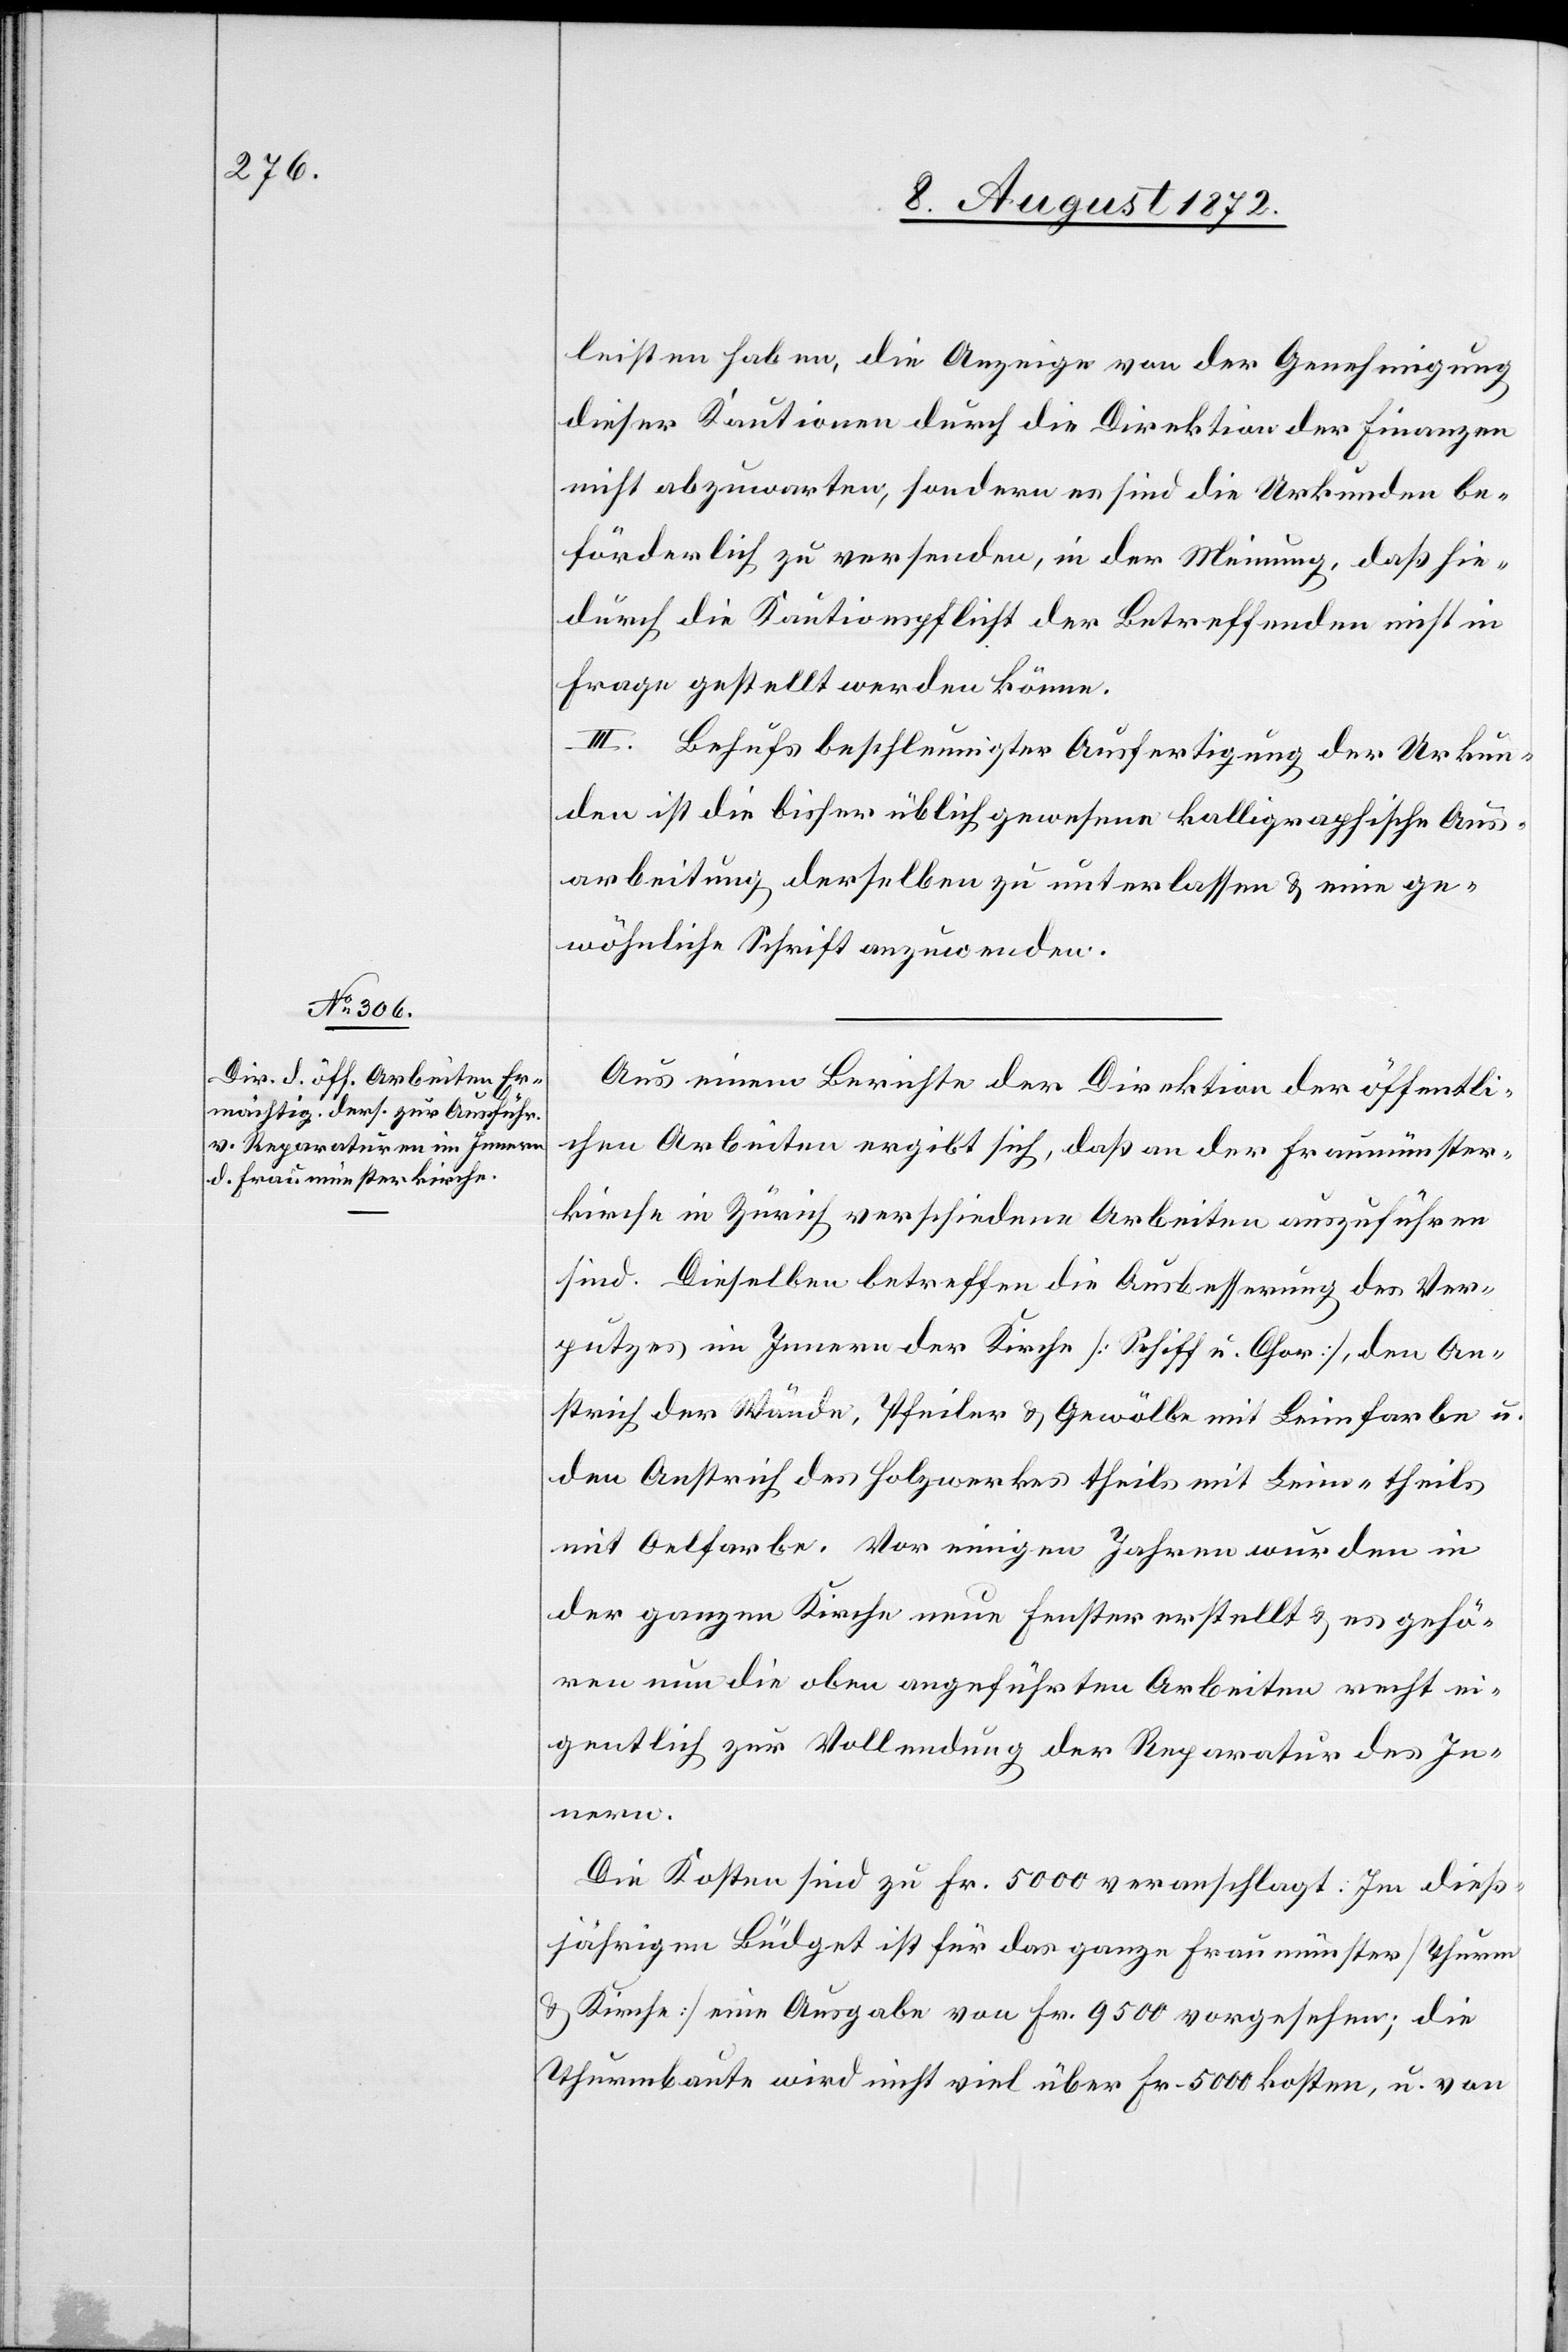
leisten haben, die Anzeige von der Genehmigung
dieser Kautionen durch die Direktion der Finanzen
nicht abzuwarten, sondern es sind die Urkunden be¬
förderlich zu versenden, in der Meinung, daß hie¬
durch die Kautionspflicht der Betreffenden nicht in
Frage gestellt werden könne.
III. Behufs beschleunigter Ausfertigung der Urkun¬
den ist die bisher üblich gewesene kalligraphische Aus¬
arbeitung derselben zu unterlassen u. eine ge¬
wöhnliche Schrift anzuwenden.
Aus einem Berichte der Direktion der öffentli¬
chen Arbeiten ergibt sich, daß an der Fraumünster¬
kirche in Zürich verschiedene Arbeiten auszuführen
sind. Dieselben betreffen die Ausbesserung des Ver¬
putzes im Innern der Kirche [Schiff u. Chor], den An¬
strich der Wände, Pfeiler u. Gewölbe mit Leimfarbe u.
den Anstrich des Holzwerkes theils mit Leim- theils
mit Oelfarbe. Vor einigen Jahren wurden in
der ganzen Kirche neue Fenster erstellt u. es gehö¬
ren nun die oben angeführten Arbeiten recht ei¬
gentlich zur Vollendung der Reparatur des In¬
nern.
Die Kosten sind zu Fr. 5000 veranschlagt: Im dieß¬
jährigen Büdget ist für das ganze Fraumünster [Thurm
u. Kirche] eine Ausgabe von Fr. 9500 vorgesehen; die
Thurmbaute wird nicht viel über Fr. 5000 kosten, u. von